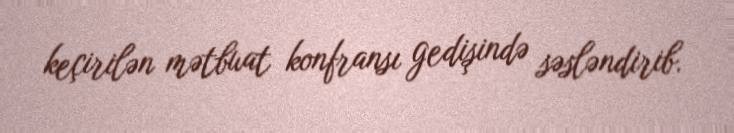
keçirilən mətbuat konfransı gedişində səsləndirib.